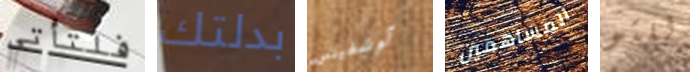
فلتأتي بدلتك آوشفيتس المساهمين للتو